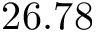
2 6 . 7 8